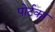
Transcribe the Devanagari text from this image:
पोर्टका